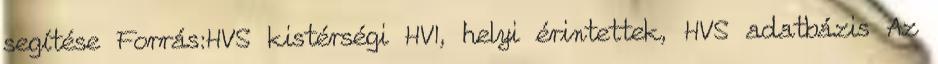
segítése Forrás:HVS kistérségi HVI, helyi érintettek, HVS adatbázis Az